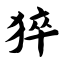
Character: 猝